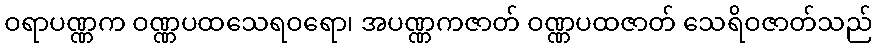
ဝရာပဏ္ဏက ဝဏ္ဏပထသေရဝရော၊ အပဏ္ဏကဇာတ် ဝဏ္ဏပထဇာတ် သေရိဝဇာတ်သည်